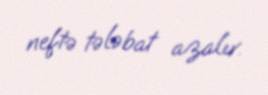
neftə tələbat azalır.